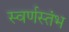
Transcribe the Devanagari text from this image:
स्वर्णस्तंभ